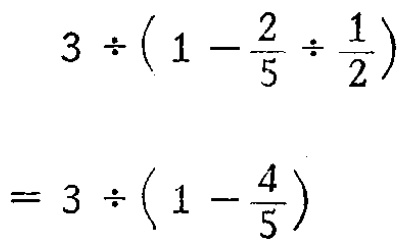
\[

\begin{align*}

&3\div\left(1 - \frac{2}{5}\div\frac{1}{2}\right)\\

=&3\div\left(1 - \frac{4}{5}\right)

\end{align*}

\]